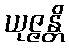
ယုဇ္ဇန္တိ